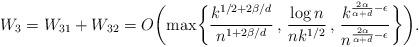
LaTeX: \begin{align*}W_3=W_{31}+W_{32} = O \biggl( \max \biggl\{ \frac{k^{1/2+2\beta/d}}{n^{1+2\beta/d}} \, , \, \frac{\log n}{nk^{1/2}} \, , \, \frac{k^{\frac{2 \alpha}{\alpha+d} - \epsilon}}{n^{ \frac{2 \alpha}{\alpha+d} - \epsilon}} \biggr\} \biggr).\end{align*}